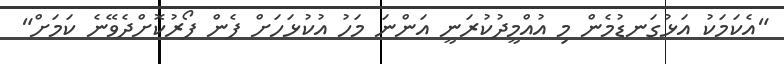
"އެކަމަކު އަޅުގަނޑުމެން މި އުއްމީދުކުރަނީ އަންނަ މަހު އުކުޅަހަށް ފެން ފޯރުކޮށްދެވޭނެ ކަމަށް"